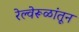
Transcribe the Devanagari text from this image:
रेल्वेरूळांतून